system: You are a helpful assistant.
user:
Analyze the provided spectrum to determine if it is a **Carbon Star (C-type)**.

- **Key Visual Indicators of Carbon Star:**
    - **(Primary):** Strong molecular absorption from **C₂ (diatomic carbon) "Swan Bands."** This is the **defining feature** of a carbon star.
        - **(Key Bandheads):** Sharp absorption edges are visible at approximately $5635$ Å, $5165$ Å (the strongest band), and $4737$ Å.
        - **(Line Profile):** Creates a distinct **"saw-tooth"** pattern. The key morphology is a sharp, steep bandhead on the **red (long-wavelength) side**, which then gradually tapers off (i.e., flux recovers) towards the **blue (short-wavelength) side**. *(This is the direct opposite of the TiO bands seen in M-type stars)*.

    - **(Secondary):** Intense **CN (cyanogen)** molecular absorption bands.
        - **(Key Bandheads):** Located in the blue and violet regions of the spectrum (e.g., near $4215$ Å and $3883$ Å).
        - **(Morphology):** These bands are extremely broad and act as a "blanket," absorbing the vast majority of blue and violet light. This creates a characteristic **"cliff"** or **"steep drop-off"** in the spectrum's flux at short wavelengths.

    - **(Key Confirmation):** Strong **CH absorption band (G-band)**.
        - **(Key Bandhead):** Located around $4300$ Å. The contribution from CH molecules to this band is exceptionally strong.

    - **(Overall Spectrum):**
        - The continuum is severely "chopped up" by these deep molecular bands, especially C₂, rather than appearing as a smooth curve.
        - Due to the heavy CN and C₂ absorption in the blue-green, the vast majority of the star's flux is concentrated in the red part of the spectrum, giving the star its characteristic deep red color.

Think first, call **spectral_visualization_tool** if needed to examine features in detail, then provide your final answer. Your response must adhere to the following strict rules:
1.  **Overall Structure:** Your response must follow the format `<think>...</think> <tool_call>...</tool_call> (if a tool is used) <answer>...</answer>`.
2.  **Tool Usage Constraint:** You may only make **one** tool call per turn.
3.  **Final Answer Format:** In the `<answer>` tag, your conclusion must be inside a `\boxed{}` command (e.g., `\boxed{YES}`), followed by your justification.

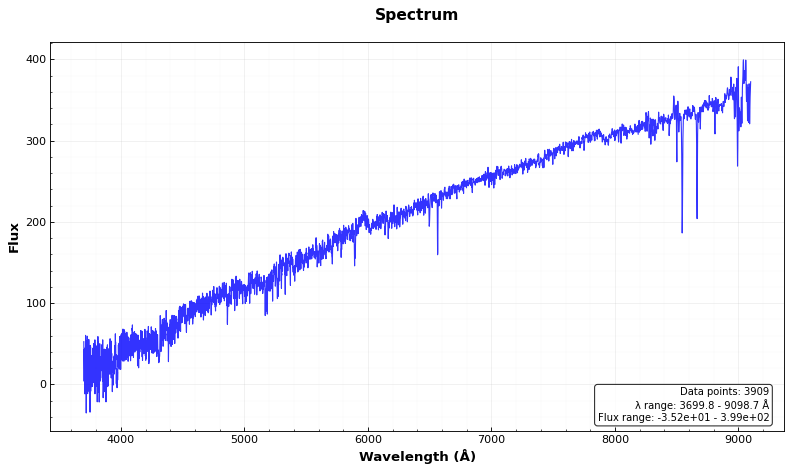
Answer: NO